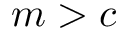
m > c